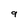
Character: 9